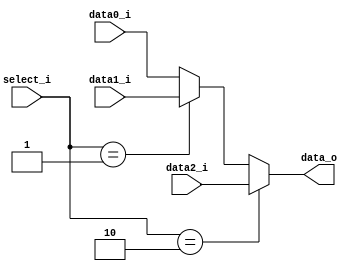
//Subject:     CO project 3 - MUX 321
//--------------------------------------------------------------------------------
//Version:     1
//--------------------------------------------------------------------------------
//Writer:      (0516034) (0516313)
//----------------------------------------------
//----------------------------------------------
//Description: 
//--------------------------------------------------------------------------------
     
module MUX_3to1(
               data0_i,
               data1_i,
               data2_i,
               select_i,
               data_o
               );

parameter size = 0;			   
			
//I/O ports               
input   [size-1:0] data0_i;          
input   [size-1:0] data1_i;
input   [size-1:0] data2_i;
input   [     1:0] select_i;
output  [size-1:0] data_o; 

//Internal Signals
reg     [size-1:0] data_o;

//Main function
always @ (data0_i or data1_i or data2_i or select_i) begin
    if (select_i == 2'b10) begin
        data_o = data2_i;
      end
    else if(select_i == 2'b01) begin
        data_o = data1_i;
     end
    else begin
        data_o = data0_i;
      end
  end
endmodule